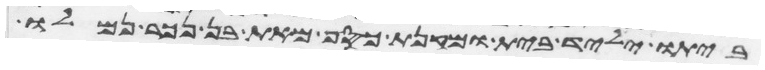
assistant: ביתו יליד בית ומקנת כסף מאת בן נכר נמלו